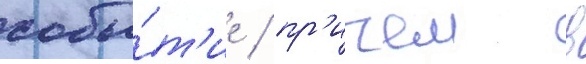
собы́т'ие / пр'ичем в